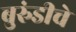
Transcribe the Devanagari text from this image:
बुरुंडीचे